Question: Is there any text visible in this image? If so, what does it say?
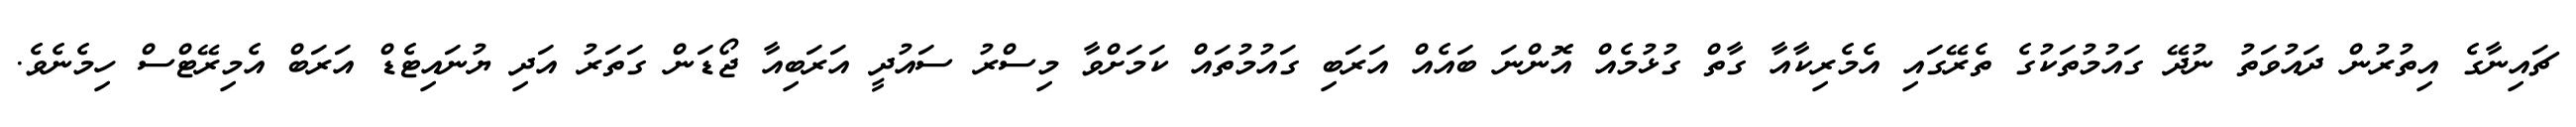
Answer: ޗައިނާގެ އިތުރުން ދައުވަތު ނުދޭ ގައުމުތަކުގެ ތެރޭގައި އެމެރިކާއާ ގާތް ގުޅުމެއް އޮންނަ ބައެއް އަރަބި ގައުމުތައް ކަމަށްވާ މިސްރު ސައުދީ އަރަބިއާ ޖޯޑަން ގަތަރު އަދި ޔުނައިޓެޑް އަރަބް އެމިރޭޓްސް ހިމެނެވެ.